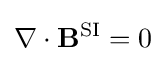
\nabla \cdot \mathbf {B} ^{\text{SI}}=0